画像に写った文字を読んでください
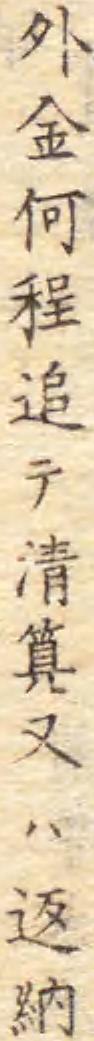
「外金何程追テ清算又ハ返納」と書いてあります